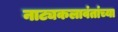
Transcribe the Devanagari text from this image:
नाट्यकलावंतांच्या